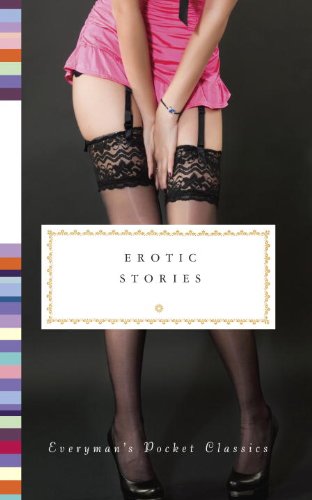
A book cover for Erotic Stories (Everyman's Pocket Classics); Rowan Pelling; Romance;